65_HS1-834228961_62-HQ-83894_Section_9
Agency: FBI
Page 271
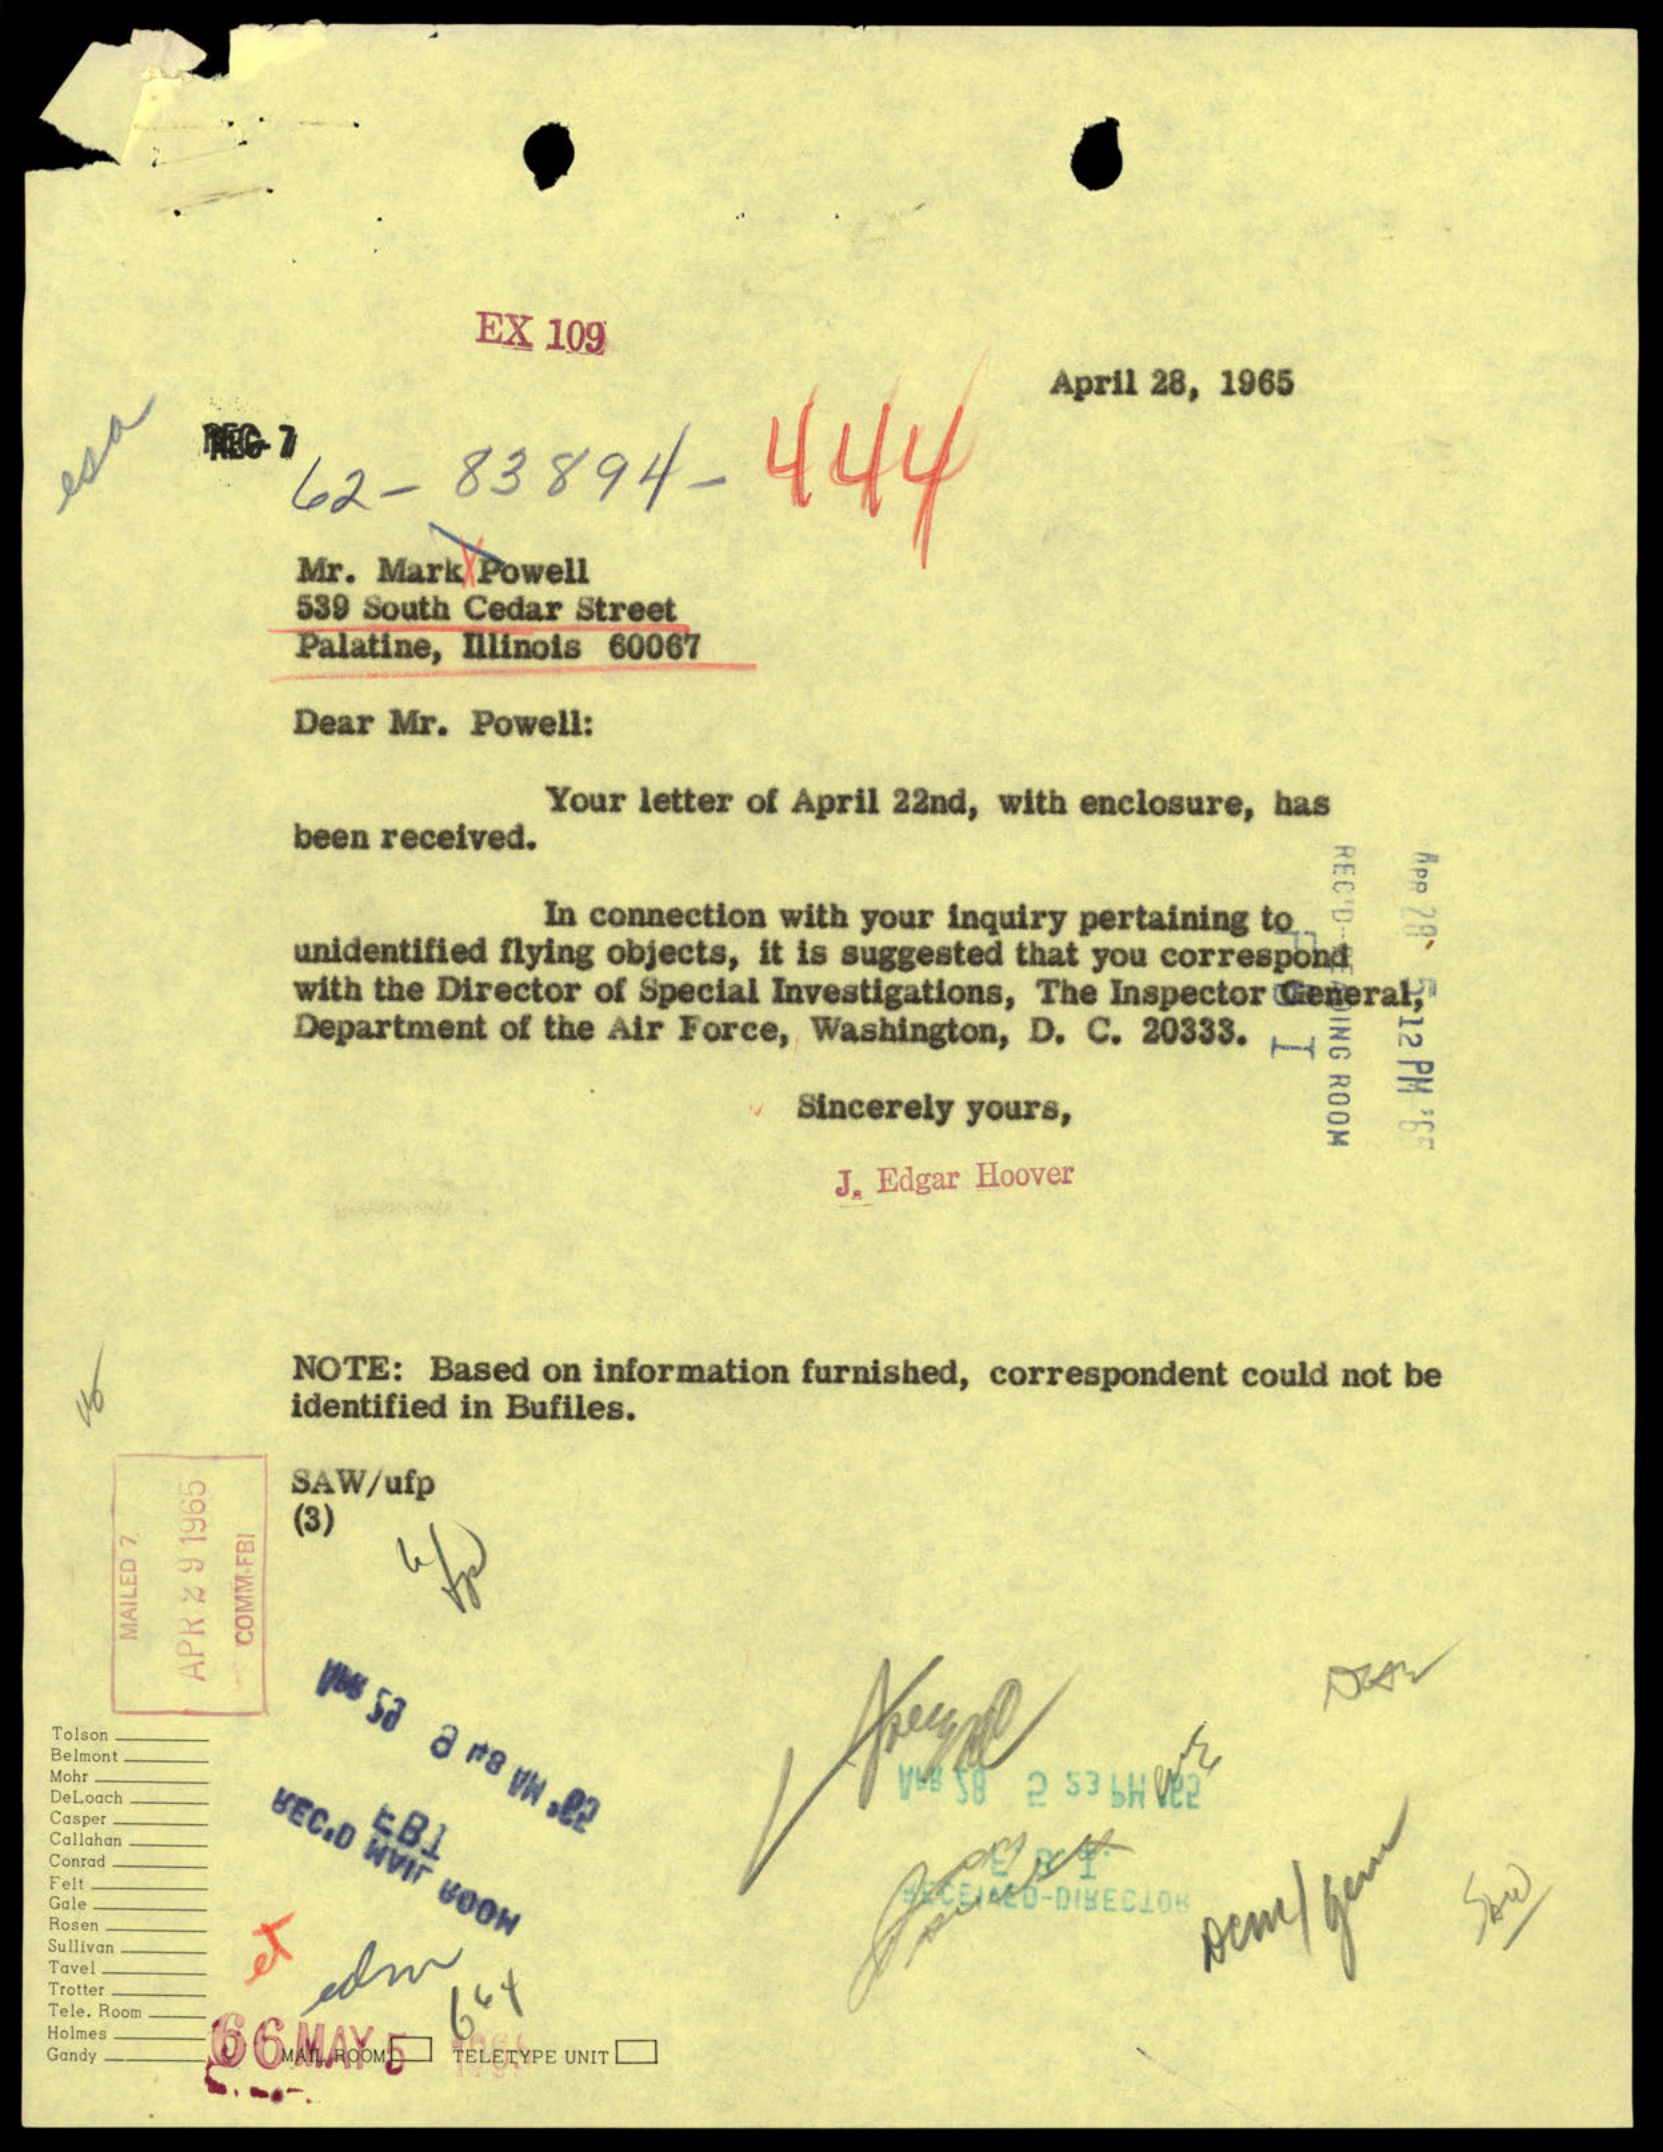